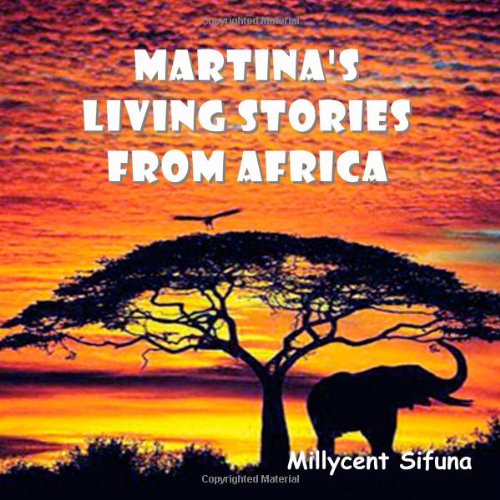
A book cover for Martina's Living Stories From Africa; Millycent Sifuna; Teen & Young Adult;